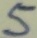
Text: 5